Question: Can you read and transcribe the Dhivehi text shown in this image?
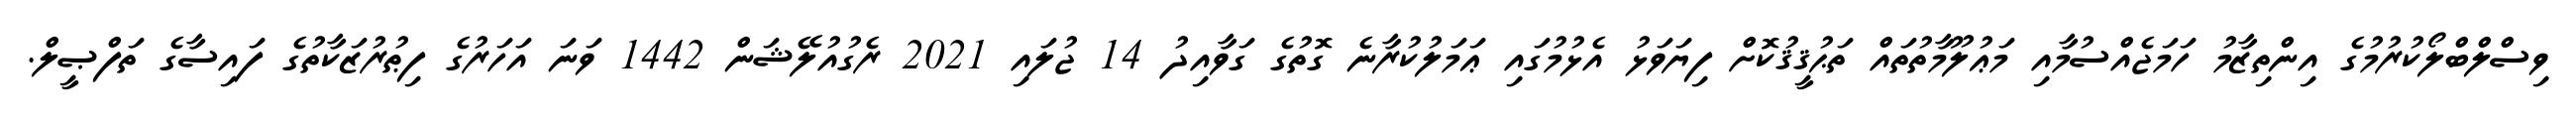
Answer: ވިސްލްބްލޯކުރުމުގެ އިންތިޒާމު ހަމަޖެއްސުމާއި މަޢުލޫމާތުތައް ތަޙުޤީޤުކޮށް ފިޔަވަޅު އެޅުމުގައި ޢަމަލުކުރާނެ ގޮތުގެ ގަވާއިދު 14 ޖުލައި 2021 ރެގުއުލޭޝަން 1442 ވަނަ އަހަރުގެ ފިޠުރުޒަކާތުގެ ފައިސާގެ ތަފްޞީލް.